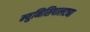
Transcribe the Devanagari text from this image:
म्युनिसिपालट्या